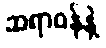
ဆရာဝန်နဲ့